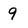
Character: 9